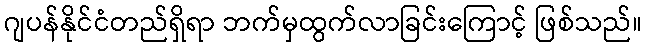
ဂျပန်နိုင်ငံတည်ရှိရာ ဘက်မှထွက်လာခြင်းကြောင့် ဖြစ်သည်။